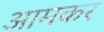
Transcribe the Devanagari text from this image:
आमकर